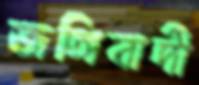
জঙ্গিবাদী